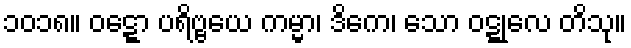
၁၀၁၈။ ဝဋ္ဋော ပရိဗ္ဗယေ ကမ္မာ၊ ဒိကေ၊ သော ဝဋ္ဋုလေ တိသု။